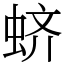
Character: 蛴